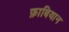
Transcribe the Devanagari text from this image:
फ़ाबियान